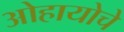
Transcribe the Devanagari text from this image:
ओहायोचे